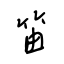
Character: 笛